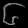
Digit: ၆